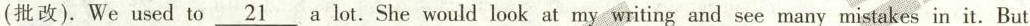
(批改).We used to \underline{21} a lot. She would look at my writing and see many mistakes in it. But